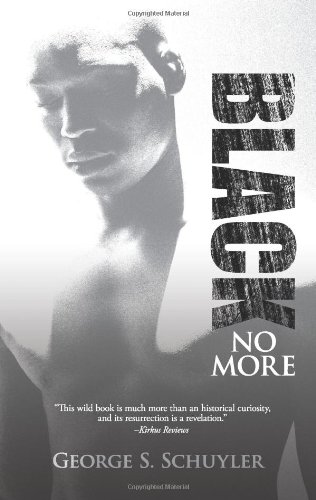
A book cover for Black No More; George S. Schuyler; Teen & Young Adult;